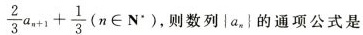
\frac { 2 } { 3 } a _ { n + 1 } + \frac { 1 } { 3 }$$(n \in N^{*}),数列\left{a_{n}\right}的通项公式是